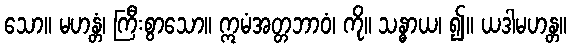
သော။ မဟန္တံ၊ ကြီးစွာသော။ ဣမံအတ္တဘာဝံ၊ ကို။ သန္ဓာယ၊ ၍။ ယဒါမဟန္တ။